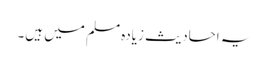
یہ احادیث زیادہ مسلم میں ہیں۔